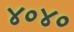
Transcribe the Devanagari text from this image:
४०४०